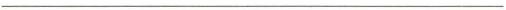
___